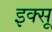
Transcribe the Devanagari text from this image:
इक्सू